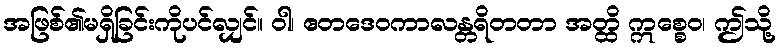
အဖြစ်၏မရှိခြင်းကိုပင်လျှင်။ ဝါ၊ ဧတဒေဝကာလန္တရိတတာ အတ္ထိ ဣစ္စေဝ၊ ဤသို့